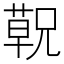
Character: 𬞁